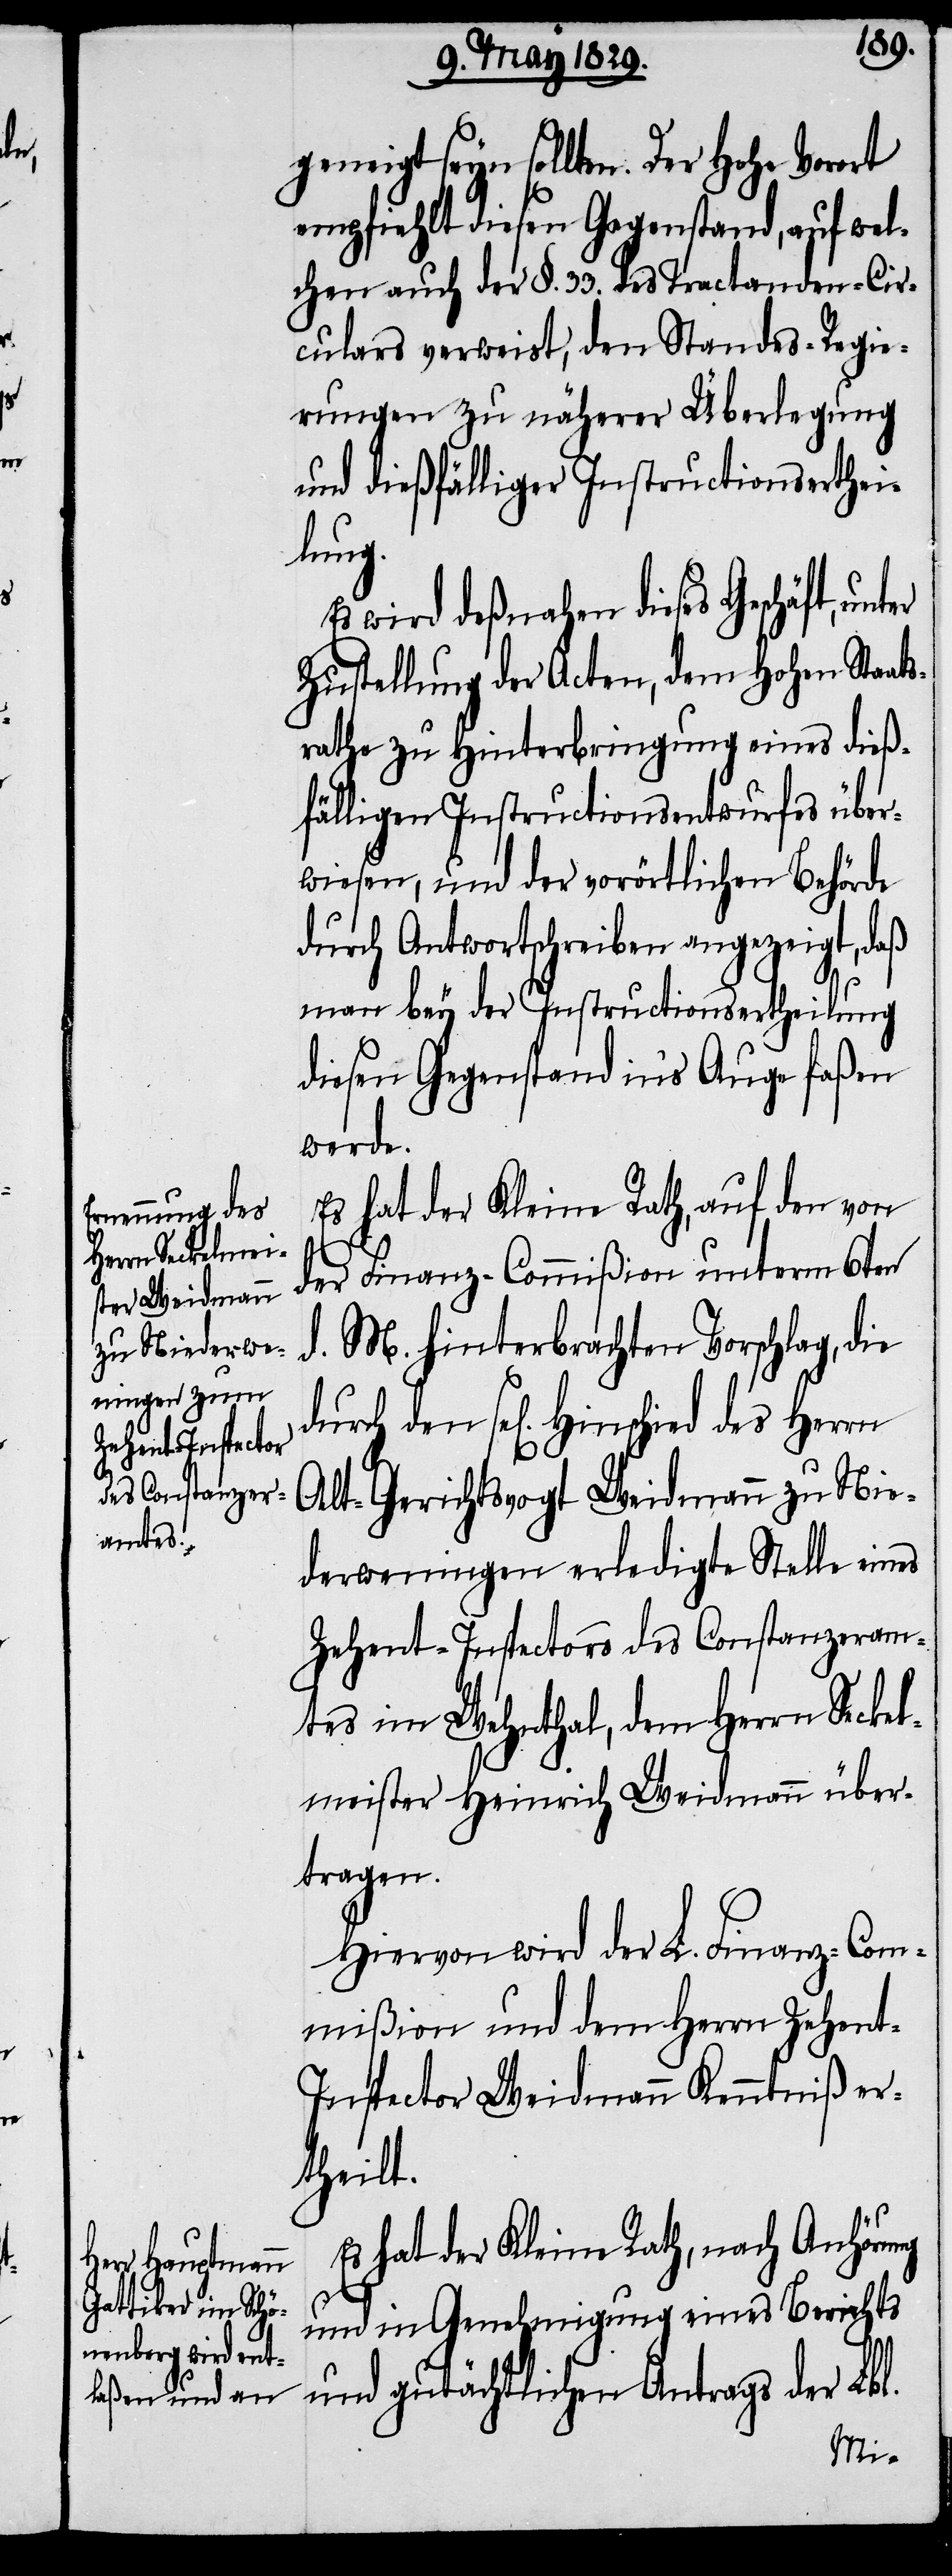
geneigt seyn sollten. Der Hohe Vorort
empfiehlt diesen Gegenstand, auf wel¬
chen auch der §. 33. des Tractanden-Cir¬
culars verweist, den Standes-Regie¬
rungen zu näherer Überlegung
und dießfälliger Instructionserthei¬
lung.
Es wird deßnahen dieses Geschäft,
Zustellung der Acten, dem Hohen Staat¬
srathe zu Hinterbringung eines dieß¬
fälligen Instructionsentwurfes über¬
wiesen, und der vorörtlichen Behörde
durch Antwortschreiben angezeigt, daß
man bey der Instructionsertheilung
diesen Gegenstand in’s Auge faßen
werden.
Es hat der Kleine Rath, auf den von
der Finanz-Commißion unterm 6ten
d. M. hinterbrachten Vorschlag, die
den sel[igen]. Hinschied des Herrn
Alt-Gerichtsvogt Weidmann zu Nie¬
derweningen erledigte Stelle eines
Zehent-Inspectors des Constanzeram¬
tes im Wehnthal, dem Herrn Seckel¬
meister Heinrich Weidmann über¬
tragen.
Hiervon wird der L. Finanz-Com¬
mißion und dem Herrn Zehen¬
t-Inspector Weidmann Kenntniß er¬
theilt.
Es hat der Kleine Rath, nach Anhörung
und in Genehmigung eines Berichts
und gutächtlichen Antrags der Lbl.